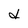
Character: d